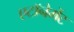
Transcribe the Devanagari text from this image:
एटॉनेमेंट